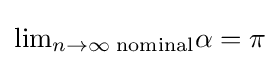
{\textstyle \lim _{n\to \infty }{_{\text{nominal}}\alpha }=\pi }